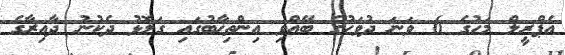
އެޕްރީލް މަހުގެ 6 ވަނަ ދުވަހުގެ ބޭއްވި އިންތިޚާބުގައި ގަލޮޅު ދެކުނު ދާއިރާގެ